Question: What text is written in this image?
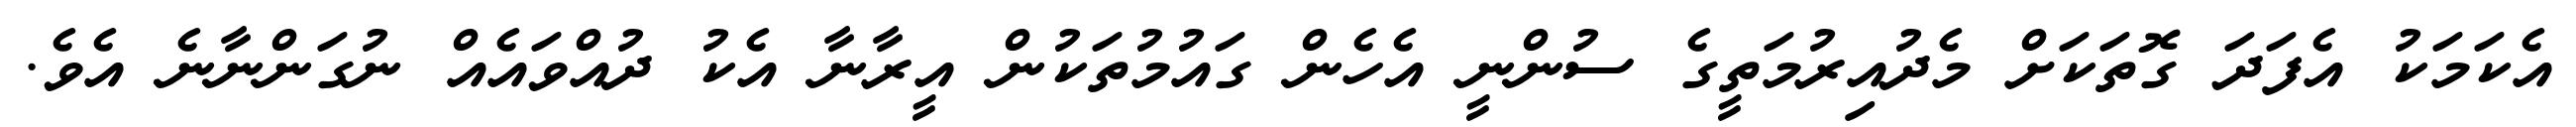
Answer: އެކަމަކު އެފަދަ ގޮތަކަށް މެދުއިރުމަތީގެ ސުންނީ އެހެން ގައުމުތަކުން އީރާނާ އެކު ދުއްވައެއް ނުގަންނާނެ އެވެ.